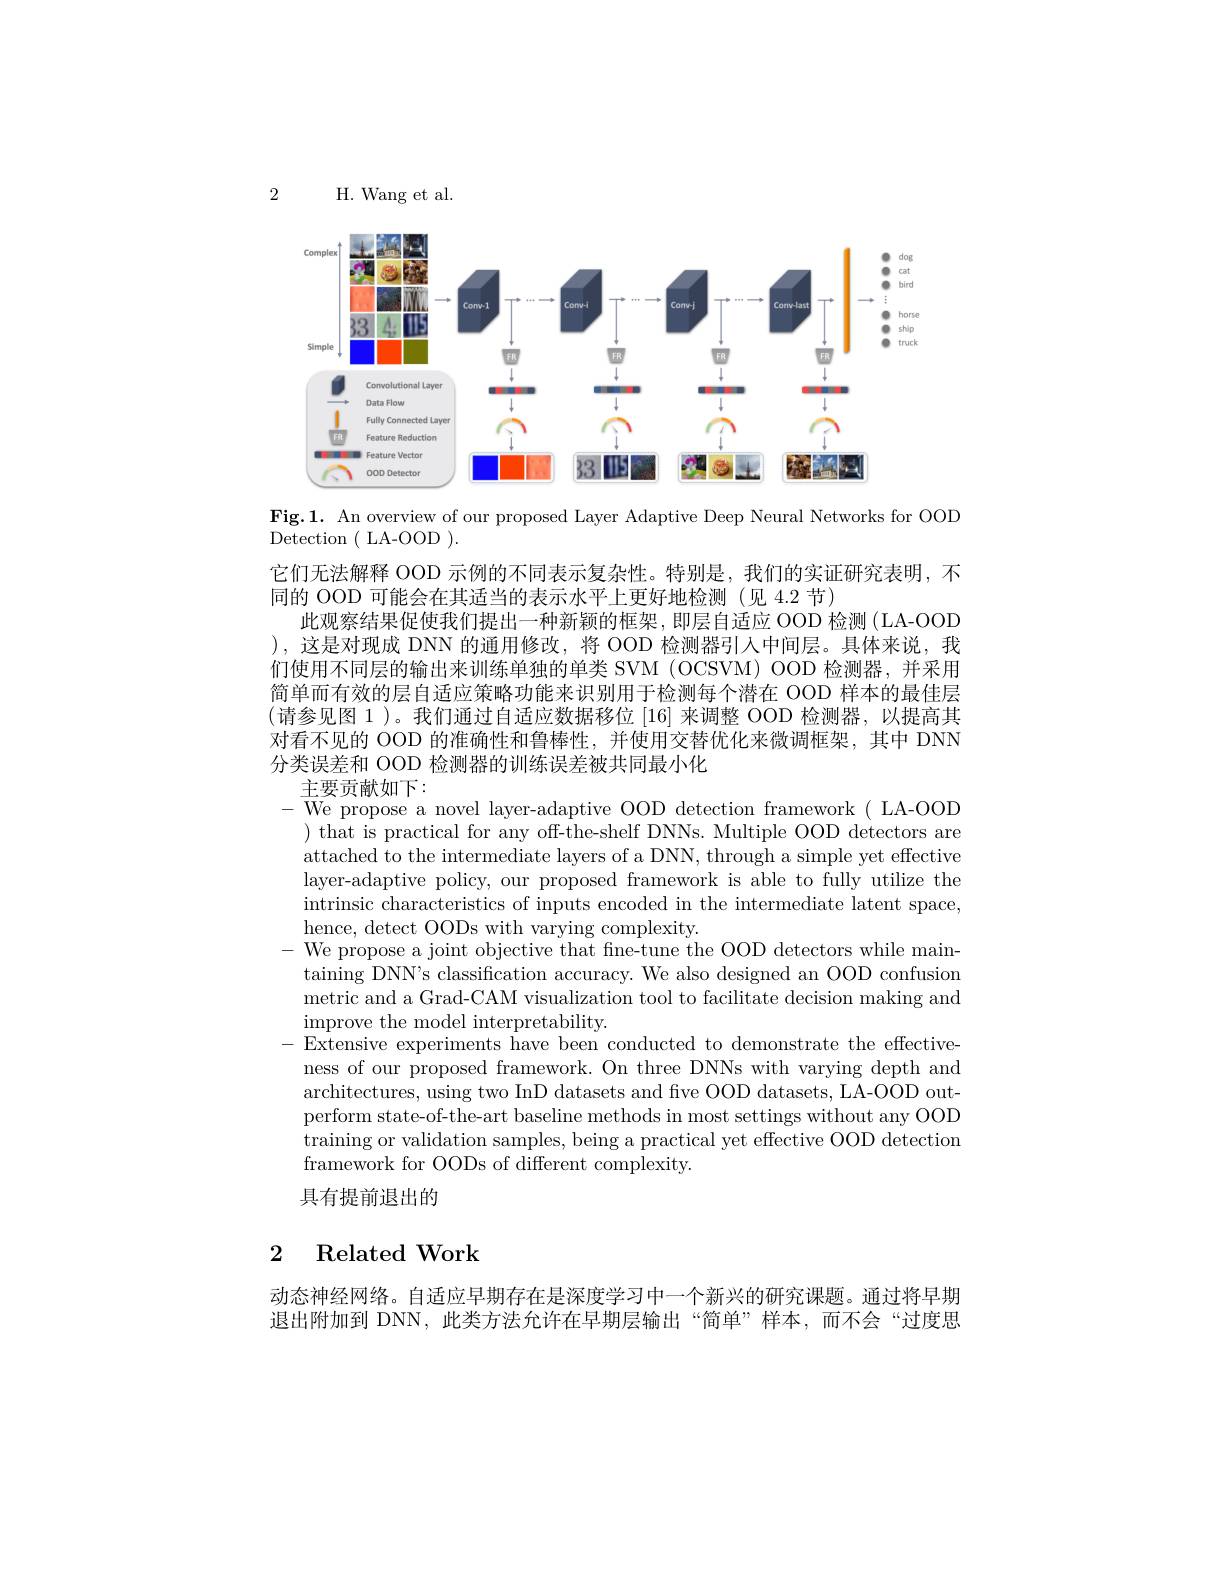
2

H. Wang et al.

<FigureHere>

Fig.1. An overview of our proposed Layer Adaptive Deep Neural Networks for OOD

${\mathrm{Detection~(~LA-OOD~).}}$
它们无法解释 OOD 示例的不同表示复杂性。特别是，我们的实证研究表明，不
同的 OOD 可能会在其适当的表示水平上更好地检测(见 4.2 节)
此观察结果促使我们提出一种新颖的框架，即层自适应 OOD 检测(LA-OOD ),这是对现成 DNN 的通用修改，将 OOD 检测器引入中间层。具体来说，我们使用不同层的输出来训练单独的单类 SVM (OCSVM) OOD 检测器，并采用简单而有效的层自适应策略功能来识别用于检测每个潜在 OOD 样本的最佳层(请参见图 1 )。我们通过自适应数据移位 [16] 来调整 OOD 检测器，以提高其对看不见的 OOD 的准确性和鲁棒性，并使用交替优化来微调框架，其中 DNN 分类误差和 OOD 检测器的训练误差被共同最小化
主要贡献如下：
-We propose a novel layer-adaptive OOD detection framework( LA-OOD
) that is practical for any off-the-shelf DNNs. Multiple OOD detectors are attached to the intermediate layers of a DNN, through a simple yet effective layer-adaptive policy, our proposed framework is able to fully utilize the intrinsic characteristics of inputs encoded in the intermediate latent space, hence, detect OODs with varying complexity.
We propose a joint objective that fne-tune the OOD detectors while maintaining DNN's classification accuracy. We also designed an OOD confusion metric and a Grad-CAM visualization tool to facilitate decision making and improve the model interpretability.
Extensive experiments have been conducted to demonstrate the effectiveness of our proposed framework. On three DNNs with varying depth and architectures, using two InD datasets and five OOD datasets, LA-OOD outperform state-of-the-art baseline methods in most settings without any OOD training or validation samples, being a practical yet effective OOD detection framework for OODs of different complexity.
具有提前退出的

# 2 Related Work

动态神经网络。自适应早期存在是深度学习中一个新兴的研究课题。通过将早期退出附加到 DNN, 此类方法允许在早期层输出“简单”样本，而不会“过度思